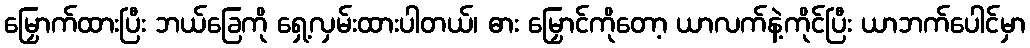
မြှောက်ထားပြီး ဘယ်ခြေကို ရှေ့လှမ်းထားပါတယ်၊ ဓား မြှောင်ကိုတော့ ယာလက်နဲ့ကိုင်ပြီး ယာဘက်ပေါင်မှာ